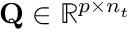
\mathbf { Q } \in \mathbb { R } ^ { p \times n _ { t } }